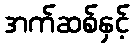
အက်ဆစ်နှင့်